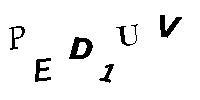
PED1UV